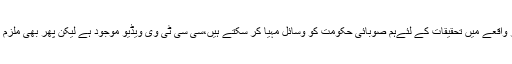
وزیر اعظم کا مزید کہنا تھا کہ قصور واقعے میں تحقیقات کے لئےہم صوبائی حکومت کو وسائل مہیا کر سکتے ہیں،سی سی ٹی وی ویڈیو موجود ہے لیکن پھر بھی ملزم کو پکڑنے میں مشکلات کا سامنا ہے۔